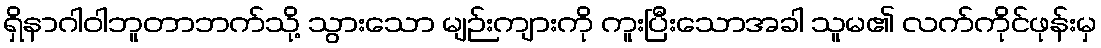
ရှိနာဂါဝါဘူတာဘက်သို့ သွားသော မျဉ်းကျားကို ကူးပြီးသောအခါ သူမ၏ လက်ကိုင်ဖုန်းမှ